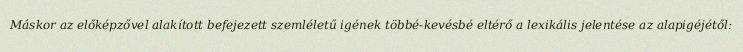
Máskor az előképzővel alakított befejezett szemléletű igének többé-kevésbé eltérő a lexikális jelentése az alapigéjétől: